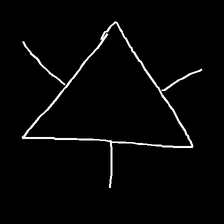
Glyph: fire